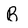
Character: B